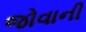
જોવાની